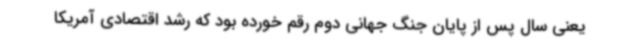
یعنی سال پس از پایان جنگ جهانی دوم رقم خورده بود که رشد اقتصادی آمریکا